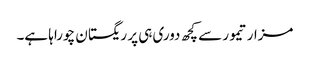
مزار تیمور سے کچھ دوری ہی پر ریگستان چوراہا ہے۔